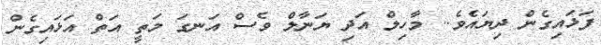
ފަޅައިގެން ދިޔައެވެ.. މާހިލް އަދި ޔަނާލް ވެސް އަނގަ މަތީ އަތް އަޅައިގެން